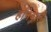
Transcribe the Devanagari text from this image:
हानेवाली